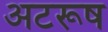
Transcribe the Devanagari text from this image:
अटरूष